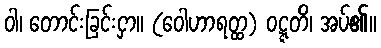
ဝါ၊ တောင်းခြင်းငှာ။ (ဝေါဟာရတ္ထ) ဝဋ္ဋတိ၊ အပ်၏။